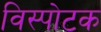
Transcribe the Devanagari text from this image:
विस्पोटक